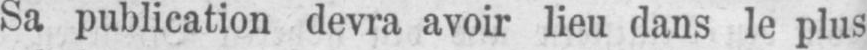
Sa publication devra avoir lieu dans le plus